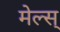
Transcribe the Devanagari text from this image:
मेल्स्